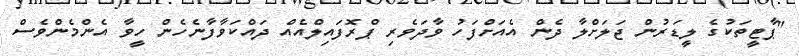
"ޕާޓީތަކުގެ ލީޑަރުން ޖަލަށްލާ ދެން އެއަށްފަހު ވާދަވެރި ޕްރޮފައިލްއެއް ދައްކަވާފާނެހެން ހީވާ އެންމެންވެސް